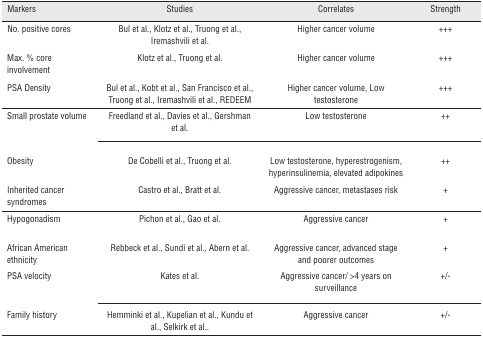
<table><thead><tr><td><b>Markers</b></td><td><b>Studies</b></td><td><b>Correlates</b></td><td><b>Strength</b></td></tr></thead><tbody><tr><td>No. positive cores</td><td>Bul et al., Klotz et al., Truong et al., Iremashvili et al.</td><td>Higher cancer volume</td><td>+++</td></tr><tr><td>Max. % core involvement</td><td>Klotz et al., Truong et al.</td><td>Higher cancer volume</td><td>+++</td></tr><tr><td>PSA Density</td><td>Bul et al., Kobt et al., San Francisco et al., Truong et al., Iremashvili et al., REDEEM</td><td>Higher cancer volume, Low testosterone</td><td>+++</td></tr><tr><td>Small prostate volume</td><td>Freedland et al., Davies et al., Gershman et al.</td><td>Low testosterone</td><td>++</td></tr><tr><td>Obesity</td><td>De Cobelli et al., Truong et al.</td><td>Low testosterone, hyperestrogenism, hyperinsulinemia, elevated adipokines</td><td>++</td></tr><tr><td>Inherited cancer syndromes</td><td>Castro et al., Bratt et al.</td><td>Aggressive cancer, metastases risk</td><td>+</td></tr><tr><td>Hypogonadism</td><td>Pichon et al., Gao et al.</td><td>Aggressive cancer</td><td>+</td></tr><tr><td>African American ethnicity</td><td>Rebbeck et al., Sundi et al., Abern et al.</td><td>Aggressive cancer, advanced stage and poorer outcomes</td><td>+</td></tr><tr><td>PSA velocity</td><td>Kates et al.</td><td>Aggressive cancer/ &gt;4 years on surveillance</td><td>+/-</td></tr><tr><td>Family history</td><td>Hemminki et al., Kupelian et al., Kundu et al., Selkirk et al..</td><td>Aggressive cancer</td><td>+/-</td></tr></tbody></table>